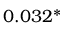
0 . 0 3 2 ^ { * }